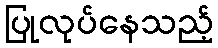
ပြုလုပ်နေသည့်